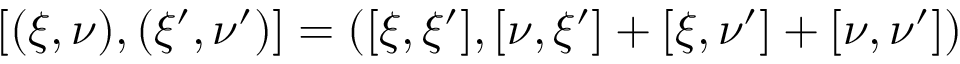
[ ( \xi , \nu ) , ( \xi ^ { \prime } , \nu ^ { \prime } ) ] = ( [ \xi , \xi ^ { \prime } ] , [ \nu , \xi ^ { \prime } ] + [ \xi , \nu ^ { \prime } ] + [ \nu , \nu ^ { \prime } ] )